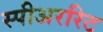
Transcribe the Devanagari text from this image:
स्पीअररिट